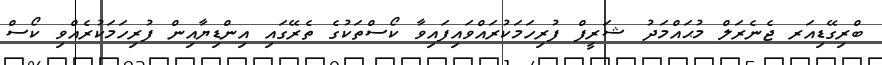
ބްރިގޭޑިއަރ ޖެނެރަލް މުޙައްމަދު ޝަރީފް ފުރިހަމަކުރައްވައިފައިވާ ކޯސްތަކުގެ ތެރޭގައި އިންޑިޔާއިން ފުރިހަމަކުރެއްވި ކޯސް